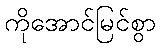
ကိုအောင်မြင်စွာ